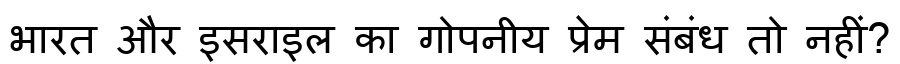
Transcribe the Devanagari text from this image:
भारत और इसराइल का गोपनीय प्रेम संबंध तो नहीं?